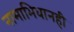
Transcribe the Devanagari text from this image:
नामाभिधानही